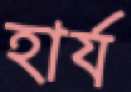
হার্য